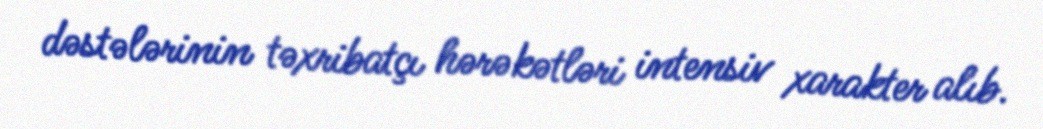
dəstələrinin təxribatçı hərəkətləri intensiv xarakter alıb.